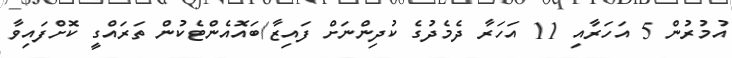
އުމުރުން 5 އަހަރާއި 11 އަހަރާ ދެމެދުގެ ކުދިންނަށް ފައިޒާ/ބައޮއެންޓެކުން ތަރައްގީ ކޮށްފައިވާ